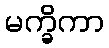
မက္ခိကာ